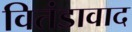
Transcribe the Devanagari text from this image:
वितंडावाद